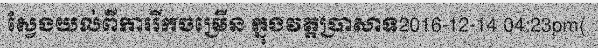
ស្វែងយល់ពីការរីកចម្រើន ក្នុងវត្តប្រាសាទ2016-12-14 04:23pm(